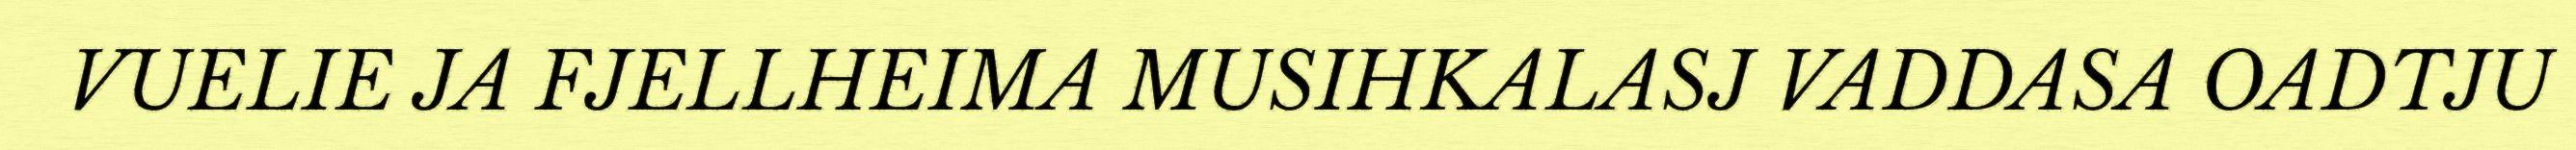
VUELIE JA FJELLHEIMA MUSIHKALASJ VADDASA OADTJU